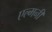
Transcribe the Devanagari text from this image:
एल्मनी